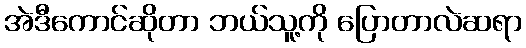
အဲဒီကောင်ဆိုတာ ဘယ်သူ့ကို ပြောတာလဲဆရာ